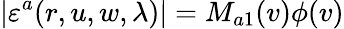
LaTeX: |\varepsilon^{a}(r,u,w,\lambda)|=M_{a1}(v)\phi(v)